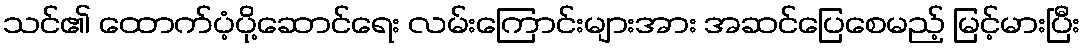
သင်၏ ထောက်ပံ့ပို့ဆောင်ရေး လမ်းကြောင်းများအား အဆင်ပြေစေမည့် မြင့်မားပြီး